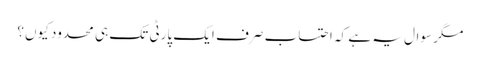
مگر سوال یہ ہے کہ احتساب صرف ایک پارٹی تک ہی محدود کیوں؟